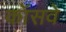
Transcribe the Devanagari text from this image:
कॉसवे